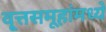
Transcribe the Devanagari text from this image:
वृ्त्तसमूहांमध्ये